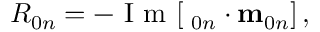
R _ { 0 n } = - \mathrm { ~ I ~ m ~ } [ { \bf \mu } _ { 0 n } \cdot { \bf m } _ { 0 n } ] \, ,